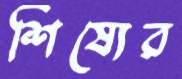
শিষ্যের